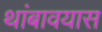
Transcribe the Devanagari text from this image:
थांबावयास